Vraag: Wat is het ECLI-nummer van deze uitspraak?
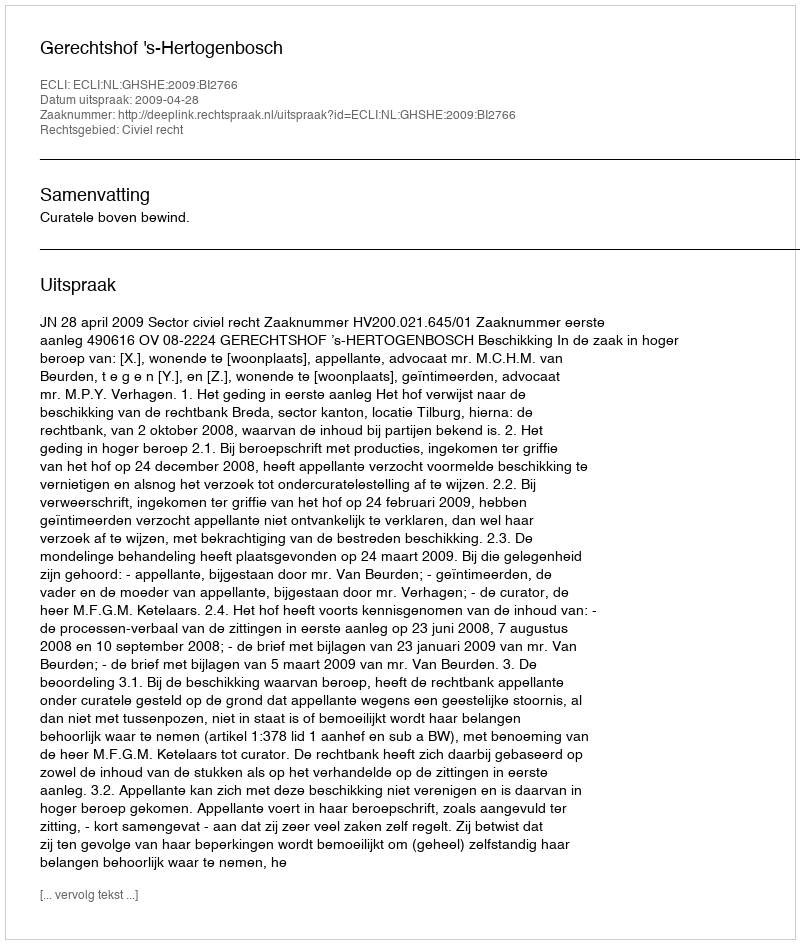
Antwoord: ECLI:NL:GHSHE:2009:BI2766